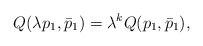
\begin{align*}Q(\lambda p_{1},\bar{p}_{1}) = \lambda^{k} Q(p_{1},\bar{p}_{1}),\end{align*}